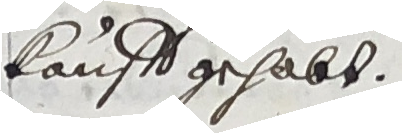
kauff gehabt.